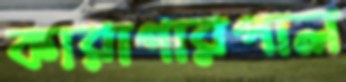
কারাগারপাল